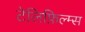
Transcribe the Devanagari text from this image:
टेलिफ़िल्म्स